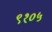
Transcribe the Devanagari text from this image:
९१०५